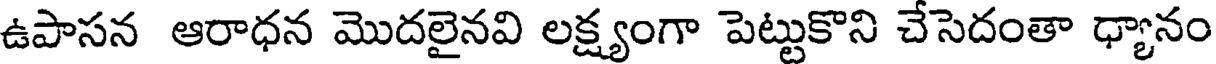
ఉపాసన ఆరాధన మొదలైనవి లక్ష్యంగా పెట్టుకొని చేసెదంతా ధ్యానం